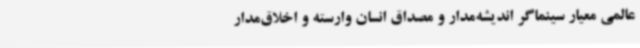
عالمی معیار سینماگر اندیشه‌مدار و مصداق انسان وارسته و اخلاق‌مدار